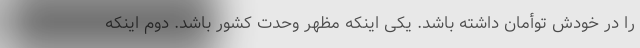
را در خودش توأمان داشته باشد. یکی اینکه مظهر وحدت کشور باشد. دوم اینکه